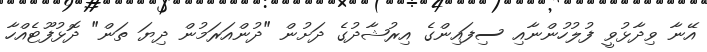
އޭނާ ވިދާޅުވީ ފުލުހުންނާއި ސިފައިންގެ އިރުޝާދުގެ ދަށުން "ދުންއަރަމުން ދިޔަ ތަން" ދޮޅުފޫޓެއްހާ